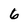
Character: 6